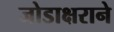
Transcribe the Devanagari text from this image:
जोडाक्षराने